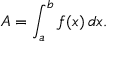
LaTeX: A = \int _ { a } ^ { b } f ( x ) \, d x .